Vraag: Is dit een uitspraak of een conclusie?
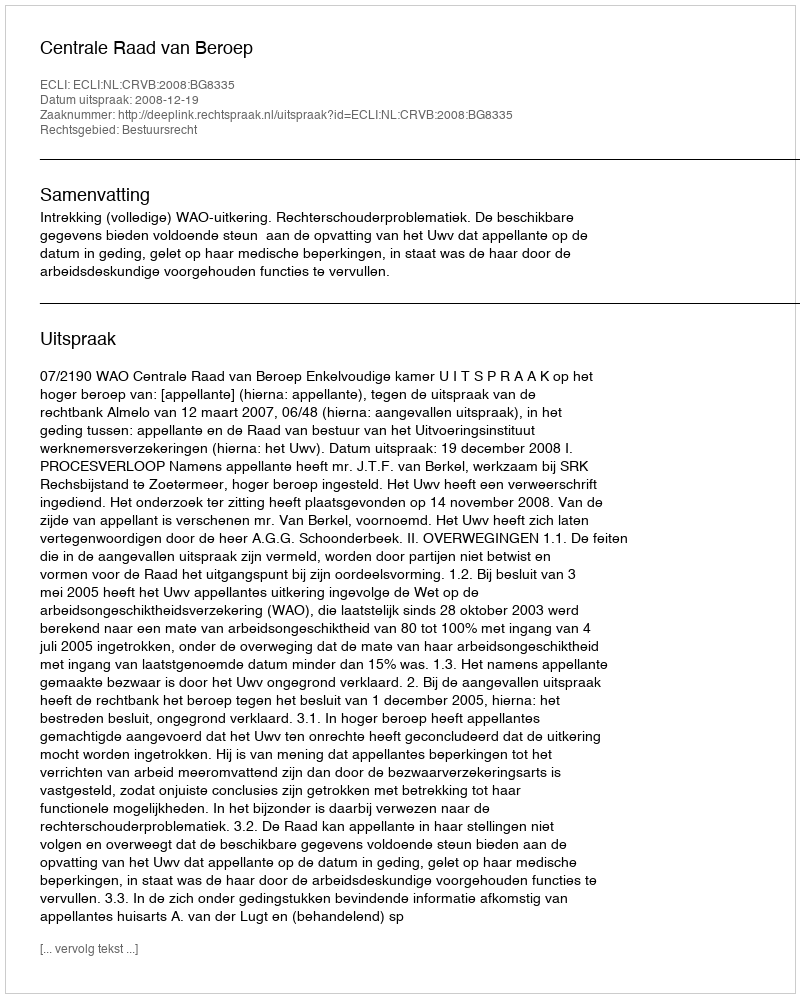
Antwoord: Uitspraak